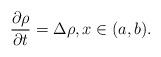
LaTeX: \begin{align*}\frac{\partial \rho}{\partial t}=\Delta \rho, x\in (a,b).\end{align*}